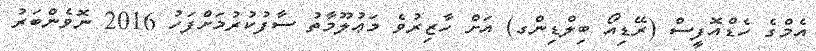
އެމްގެ ހެޑްއޮފީސް (ރޭޑިއޯ ބިލްޑިންގ) އަށް ހާޒިރުވެ މަޢުލޫމާތު ސާފުކުރުމަށްފަހު 2016 ނޮވެންބަރު